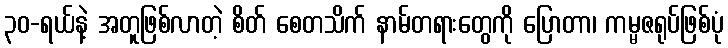
၃၀-ရယ်နဲ့ အတူဖြစ်လာတဲ့ စိတ် စေတသိက် နာမ်တရားတွေကို ပြောတာ၊ ကမ္မဇရုပ်ဖြစ်ပုံ